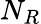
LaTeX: N_{R}